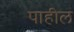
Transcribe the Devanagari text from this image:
पाहील